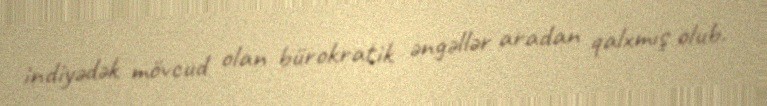
indiyədək mövcud olan bürokratik əngəllər aradan qalxmış olub.